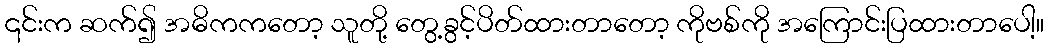
၎င်းက ဆက်၍ အဓိကကတော့ သူတို့ တွေ့ခွင့်ပိတ်ထားတာတော့ ကိုဗစ်ကို အကြောင်းပြထားတာပေါ့။